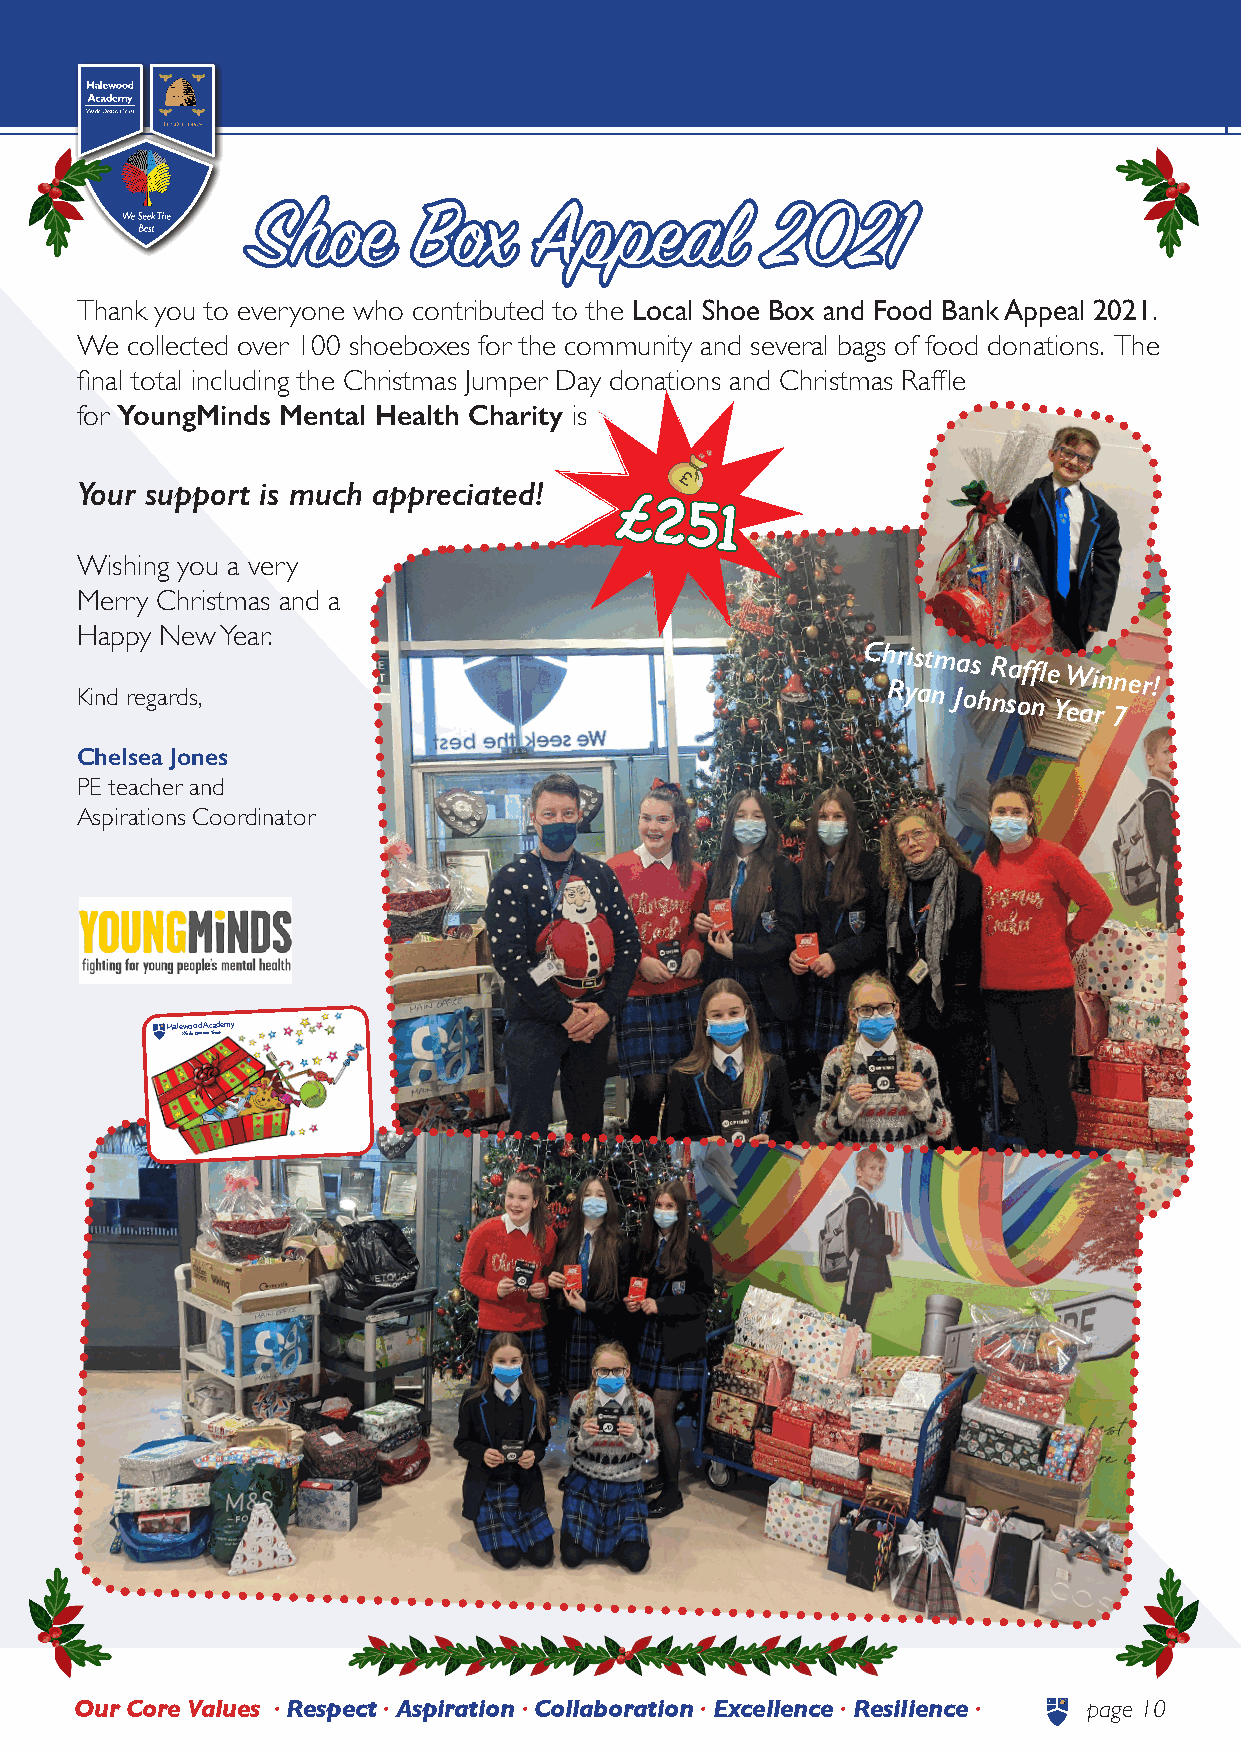
Halewood          Academy          | NEWSLETTER
 SShhooee  BBoxox  AAppppeeaall    22002211
 Thank you to everyone who contributed to the Local Shoe Box and Food Bank Appeal 2021.
 We collected over 100 shoeboxes for the community and several bags of food donations. The
 final total including the Christmas Jumper Day donations and Christmas Raffle
 for YoungMinds Mental Health Charity is
 Your support is much appreciated!
 £251
 Wishing you a very
 Merry Christmas and a
 Happy New Year.
 Kind regards,
 Ch Rr yis at nm Ja os
 h
 R nsa offl
 n
 e
 Y
 W eai rn 7ner!
 Chelsea Jones
 PE teacher and
 Aspirations Coordinator
 Halewood Academy
 Wade Deacon Trust
 Our Core Values • Respect • Aspiration • Collaboration • Excellence • Resilience • page 10